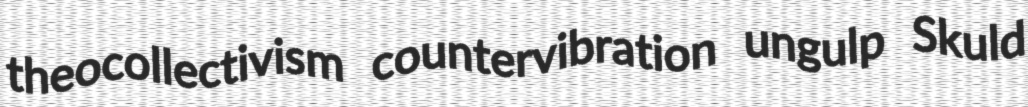
theocollectivism countervibration ungulp Skuld